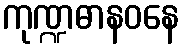
ကုဏ္ဍဓာနဝနေ